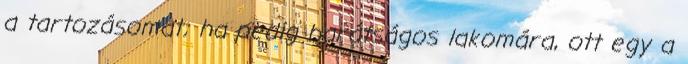
a tartozásomat; ha pedig barátságos lakomára, ott egy a